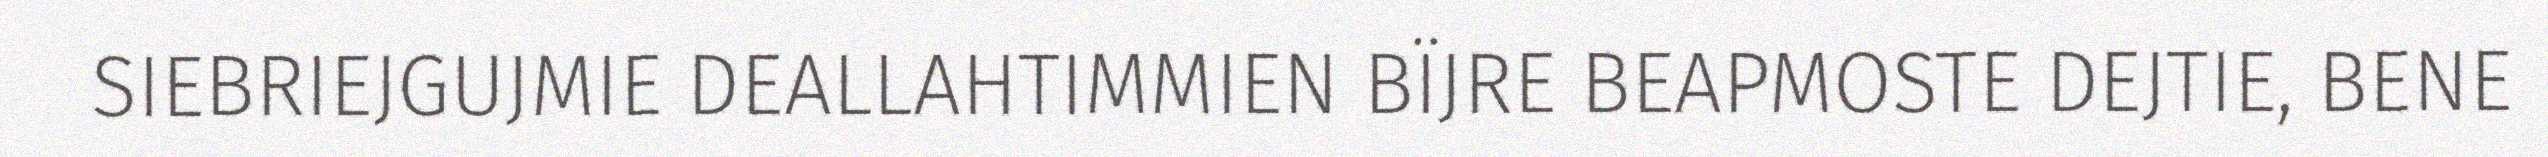
SIEBRIEJGUJMIE DEALLAHTIMMIEN BÏJRE BEAPMOSTE DEJTIE, BENE